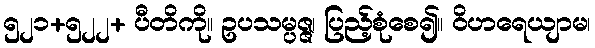
၅၂၁+၅၂၂+ ပီတိကို။ ဥပသမ္ပဇ္ဇ၊ ပြည့်စုံစေ၍။ ဝိဟရေယျာမ၊